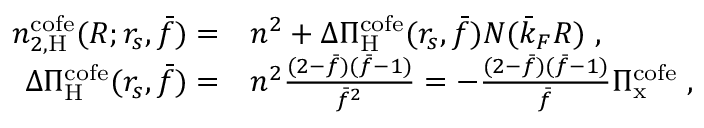
\begin{array} { r l } { n _ { 2 , \mathrm { H } } ^ { \mathrm { c o f e } } ( R ; r _ { s } , \bar { f } ) = } & { n ^ { 2 } + \Delta \Pi _ { \mathrm { H } } ^ { \mathrm { c o f e } } ( r _ { s } , \bar { f } ) N ( \bar { k } _ { F } R ) \; , } \\ { \Delta \Pi _ { \mathrm { H } } ^ { \mathrm { c o f e } } ( r _ { s } , \bar { f } ) = } & { n ^ { 2 } \frac { ( 2 - \bar { f } ) ( \bar { f } - 1 ) } { \bar { f } ^ { 2 } } = - \frac { ( 2 - \bar { f } ) ( \bar { f } - 1 ) } { \bar { f } } \Pi _ { \mathrm { x } } ^ { \mathrm { c o f e } } \; , } \end{array}